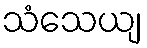
သံသေယျ